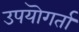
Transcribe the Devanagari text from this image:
उपयॊगर्ता